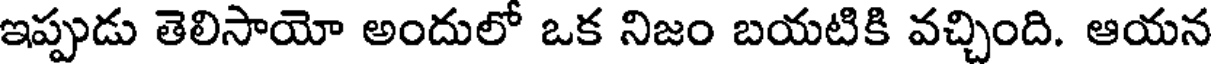
ఇప్పుడు తెలిసాయో అందులో ఒక నిజం బయటికి వచ్చింది. ఆయన